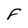
Character: F